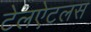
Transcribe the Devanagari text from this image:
टेलऐटलस